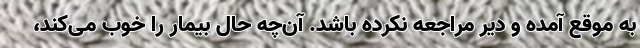
به موقع آمده و دیر مراجعه نکرده باشد. آن‌چه حال بیمار را خوب می‌کند،